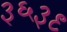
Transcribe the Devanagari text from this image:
३६३९